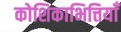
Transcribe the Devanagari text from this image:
कोशिकाभित्तियाँ